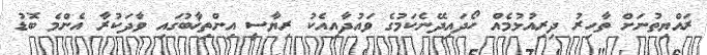
ރައްޔިތުނަށް ތާހިރު ދިރިއުޅުމެއް ހޯދައިދޭނެކަމުގެ ވައުދާއިއެކު ރިޔާސީ އިންތިޚާބުގައި ވާދަކުރާ އެންމެ ބޮޑު